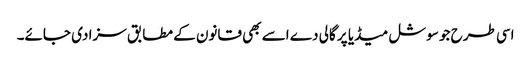
اسی طرح جو سوشل میڈیا پر گالی دے اسے بھی قانون کے مطابق سزا دی جائے۔